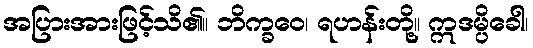
အပြားအားဖြင့်သိ၏။ ဘိက္ခဝေ၊ ရဟန်းတို့။ ဣဒမ္ပိခေါ၊